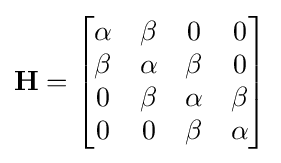
\mathbf {H} ={\begin{bmatrix}\alpha &\beta &0&0\\\beta &\alpha &\beta &0\\0&\beta &\alpha &\beta \\0&0&\beta &\alpha \\\end{bmatrix}}